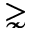
\gnsim